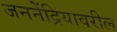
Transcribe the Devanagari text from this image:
जननेंद्रियावरील